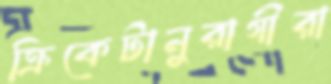
ক্রিকেটানুরাগীরা